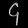
Digit: ၄